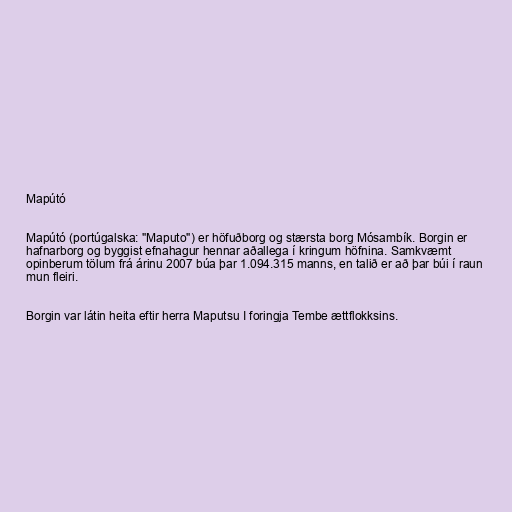
Mapútó

Mapútó (portúgalska: "Maputo") er höfuðborg og stærsta borg Mósambík. Borgin er
hafnarborg og byggist efnahagur hennar aðallega í kringum höfnina. Samkvæmt
opinberum tölum frá árinu 2007 búa þar 1.094.315 manns, en talið er að þar búi í raun
mun fleiri.

Borgin var látin heita eftir herra Maputsu I foringja Tembe ættflokksins.